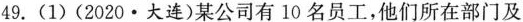
49.(1)(2020·大连)某公司有10名员工，他们所在部门及